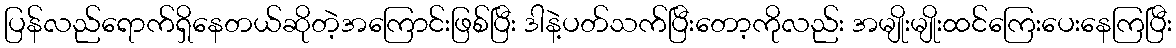
ပြန်လည်ရောက်ရှိနေတယ်ဆိုတဲ့အကြောင်းဖြစ်ပြီး ဒါနဲ့ပတ်သက်ပြီးတော့ကိုလည်း အမျိုးမျိုးထင်ကြေးပေးနေကြပြီး